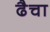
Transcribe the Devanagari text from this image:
ढैचा